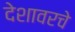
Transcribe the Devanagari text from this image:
देशावरचे